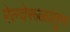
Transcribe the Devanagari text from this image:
रेल्वेरूळांतून